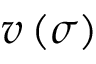
v \left( \sigma \right)